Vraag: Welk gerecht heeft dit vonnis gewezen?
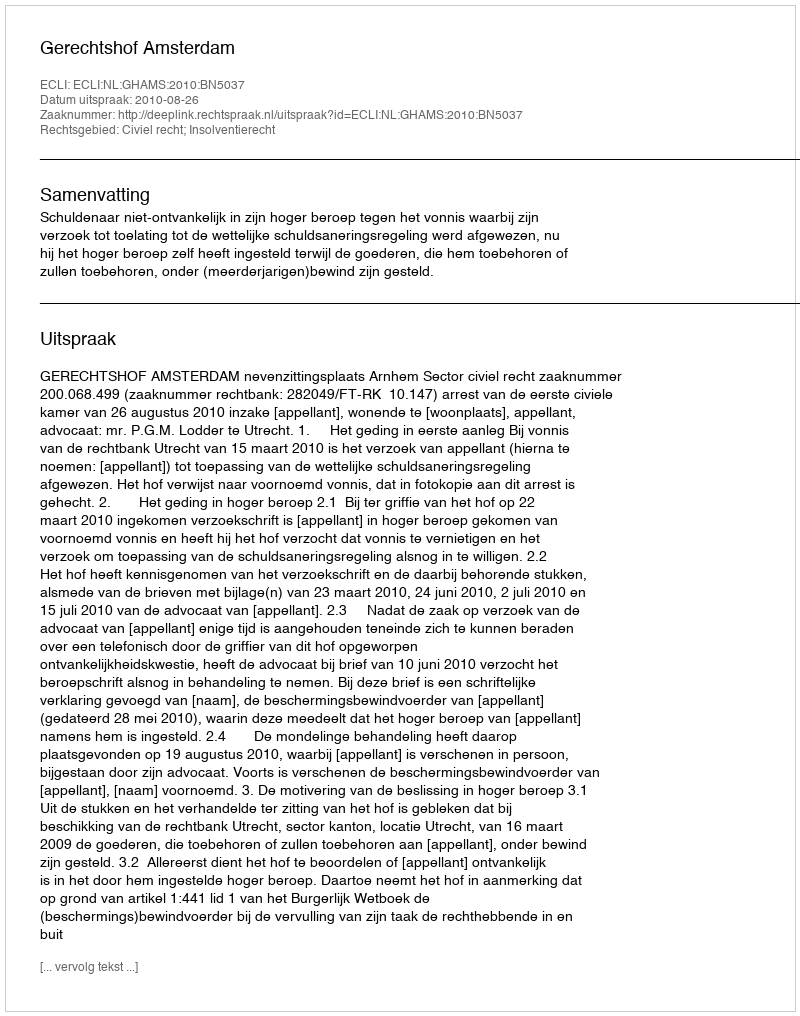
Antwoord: Gerechtshof Amsterdam